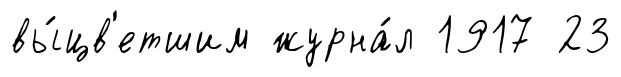
вы́цв'етшим журна́л 1917 23